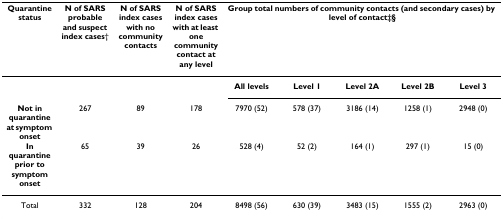
| Quarantine status | N of SARS probable and suspect index cases† | N of SARS index cases with no community contacts | N of SARS index cases with at least one community contact at any level | <COLSPAN=5> Group total numbers of community contacts (and secondary cases) by level of contact‡§ |
 | --- | --- | --- | --- | --- | --- | --- | --- | --- |
 |  |  |  |  | All levels | Level 1 | Level 2A | Level 2B | Level 3 |
 | Not in quarantine at symptom onset | 267 | 89 | 178 | 7970 (52) | 578 (37) | 3186 (14) | 1258 (1) | 2948 (0) |
 | In quarantine prior to symptom onset | 65 | 39 | 26 | 528 (4) | 52 (2) | 164 (1) | 297 (1) | 15 (0) |
 | Total | 332 | 128 | 204 | 8498 (56) | 630 (39) | 3483 (15) | 1555 (2) | 2963 (0) |